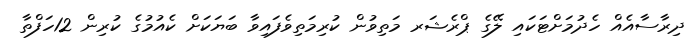
ދިރާސާއެއް ހެދުމަށްޓަކައި ލޭގެ ޕްރެޝަރ މަތިވުން ކުރިމަތިވެފައިވާ ބަޔަކަށް ކެއުމުގެ ކުރިން 12ހަފްތާ